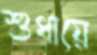
শুধায়ে